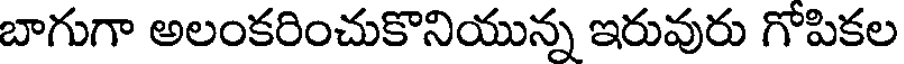
బాగుగా అలంకరించుకొనియున్న ఇరువురు గోపికల